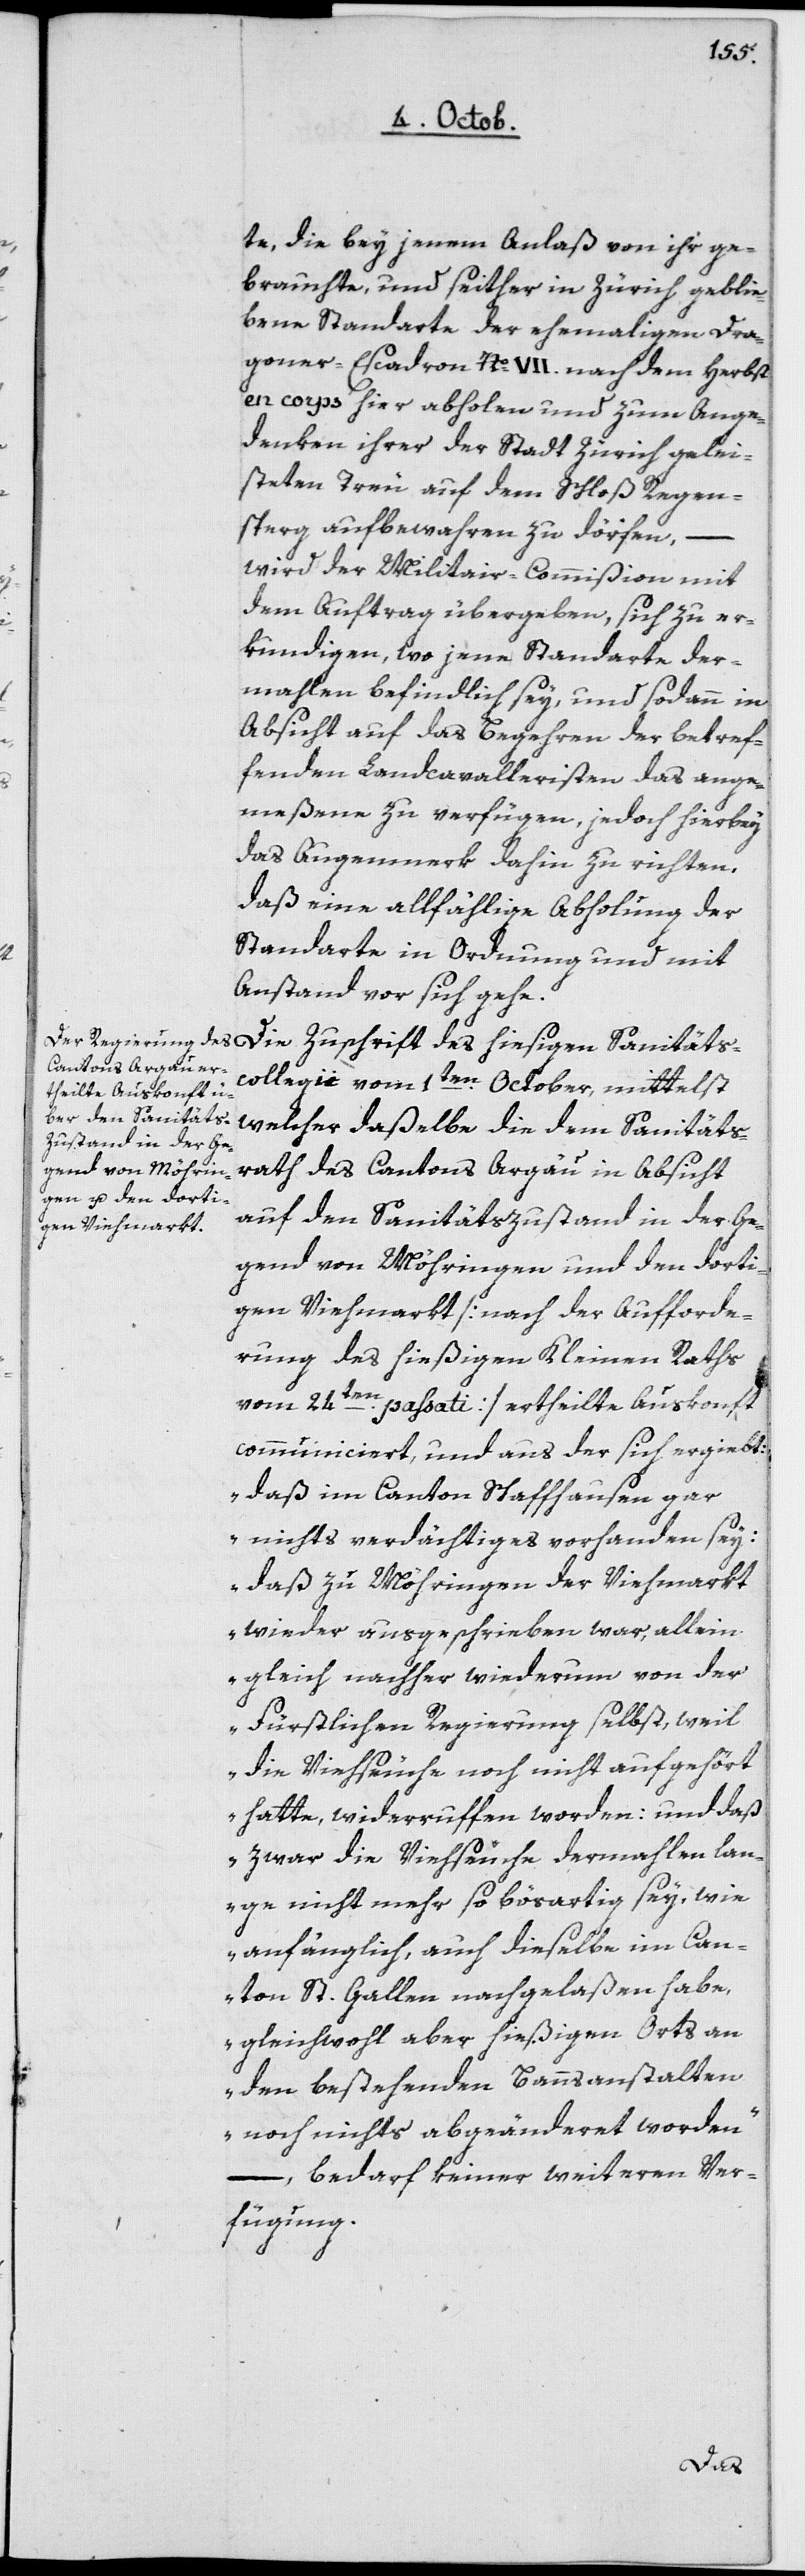
te, die bey jenem Anlaß von ihr ge¬
brauchte, und seither in Zürich geblie¬
bene Standarte der ehemaligen Dra¬
goner-Eascadron No VII nach dem Herbst
en corps hier abholen und zum An¬
denken ihrer der Stadt Zürich gelei¬
steten Treu auf dem Schloß Regen¬
sperg aufbewahren zu dörfen,
wird der Militair-Commißion mit
dem Auftrag übergeben, sich zu er¬
kundigen, wo jene Standarte der¬
mahlen befindlich sey, und sodann in
Absicht auf das Begehren der betref¬
fenden Landcavalleristen das ange¬
meßene zu verfügen, jedoch hierbey
das Augenmerk dahin zu richten,
daß eine allfällige Abholung der
Standarte in Ordnung und mit
Anstand vor sich gehe.
Kantons Argau
ollegii vom 1ten October, mittelst
hiesigen Sanitätsc¬
welcher daßelbe die dem Sanitäts¬
auf den Sanitätszustand in der Ge¬
gend von Möhringen und den dorti¬
gen Viehmarkt [nach der Aufforde¬
rung des hießigen Kleinen Raths
vom 24ten passati] ertheilte Auskonft
communiciert, und aus der sich ergiebt:
„daß im Canton Schaffhausen gar
nichts Verdächtiges vorhanden sey,
daß zu Möhringen der Viehmarkt
wieder ausgeschrieben war, allein
gleich nachher wiederum von der
Fürstlichen Regierung selbst, weil
die Viehseuche noch nicht aufgehört
hatte, widerrufen worden: und daß
zwar die Viehseuche dermahlen lan¬
ge nicht mehr so bösartig sey, wie
anfänglich, auch dieselbe im Can¬
ton St. Gallen nachgelaßen habe,
gleichwohl aber hießigen Orts an
den bestehenden Bannsanstalten
noch nichts abgeänderet worden“
–, bedarf keiner weiteren Ver¬
fügung.
des